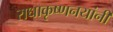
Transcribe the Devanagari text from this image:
राधाकृष्णनयांनी